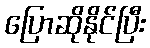
ပြောဆိုနိုင်ပြီး